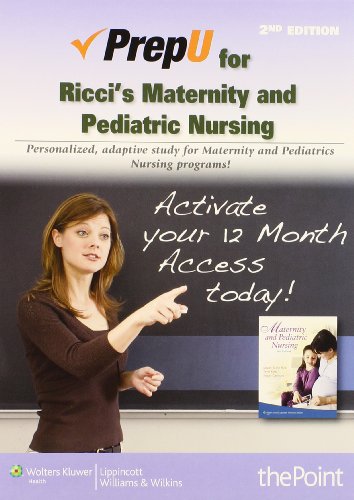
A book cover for PrepU for Ricci & Kyle's Maternity and Pediatric Nursing; Susan Scott Ricci ARNP  MSN  M.Ed.; Medical Books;